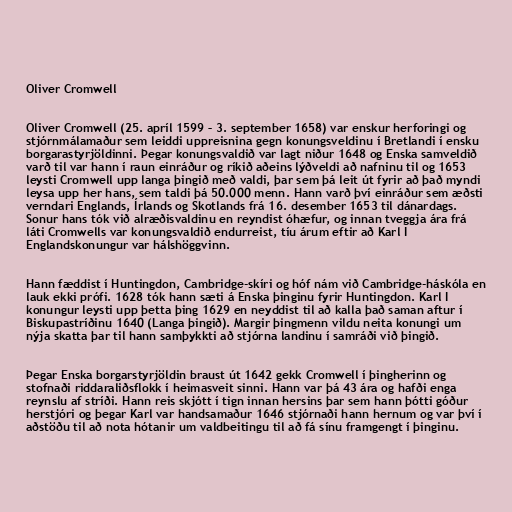
Oliver Cromwell

Oliver Cromwell (25. apríl 1599 – 3. september 1658) var enskur herforingi og
stjórnmálamaður sem leiddi uppreisnina gegn konungsveldinu í Bretlandi í ensku
borgarastyrjöldinni. Þegar konungsvaldið var lagt niður 1648 og Enska samveldið
varð til var hann í raun einráður og ríkið aðeins lýðveldi að nafninu til og 1653
leysti Cromwell upp langa þingið með valdi, þar sem þá leit út fyrir að það myndi
leysa upp her hans, sem taldi þá 50.000 menn. Hann varð því einráður sem æðsti
verndari Englands, Írlands og Skotlands frá 16. desember 1653 til dánardags.
Sonur hans tók við alræðisvaldinu en reyndist óhæfur, og innan tveggja ára frá
láti Cromwells var konungsvaldið endurreist, tíu árum eftir að Karl I
Englandskonungur var hálshöggvinn.

Hann fæddist í Huntingdon, Cambridge-skíri og hóf nám við Cambridge-háskóla en
lauk ekki prófi. 1628 tók hann sæti á Enska þinginu fyrir Huntingdon. Karl I
konungur leysti upp þetta þing 1629 en neyddist til að kalla það saman aftur í
Biskupastríðinu 1640 (Langa þingið). Margir þingmenn vildu neita konungi um
nýja skatta þar til hann samþykkti að stjórna landinu í samráði við þingið.

Þegar Enska borgarstyrjöldin braust út 1642 gekk Cromwell í þingherinn og
stofnaði riddaraliðsflokk í heimasveit sinni. Hann var þá 43 ára og hafði enga
reynslu af stríði. Hann reis skjótt í tign innan hersins þar sem hann þótti góður
herstjóri og þegar Karl var handsamaður 1646 stjórnaði hann hernum og var því í
aðstöðu til að nota hótanir um valdbeitingu til að fá sínu framgengt í þinginu.